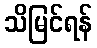
သိမြင်ရန်